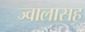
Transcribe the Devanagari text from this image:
ज्वालासह